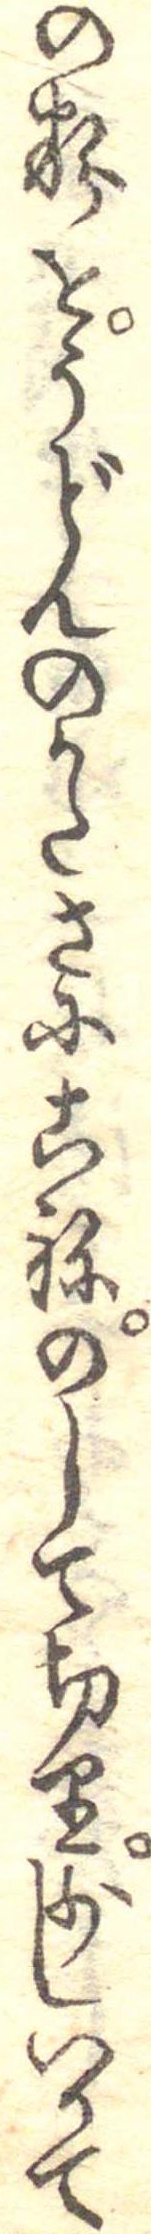
の粉をうどんのかたさにこねのして切り少しいりて